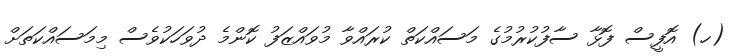
(ހ) އޮފީސް ފޮޅާ ސާފުކުރުމުގެ މަސައްކަތް ކުރައްވާ މުވައްޒަފު ކޮންމެ ދުވަހަކުވެސް މިމަސައްކަތަށް